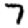
Digit: 7